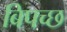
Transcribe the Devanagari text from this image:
बिपच्छ